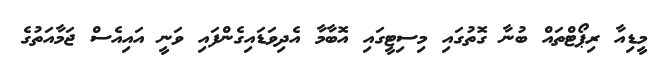
މީޑިއާ ރިޕޯޓްތައް ބުނާ ގޮތުގައި މިސިޓީގައި އޮބާމާ އެދިވަޑައިގެންފައި ވަނީ އައިއެސް ޖަމާއަތުގެ